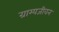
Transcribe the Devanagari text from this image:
ग्राम्यजीवन